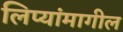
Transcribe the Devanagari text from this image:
लिप्यांमागील